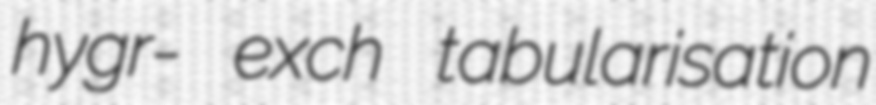
hygr- exch tabularisation